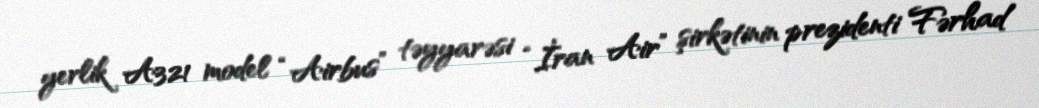
yerlik A321 model “Airbus” təyyarəsi “İran Air” şirkətinin prezidenti Fərhad